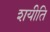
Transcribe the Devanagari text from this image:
शयीति